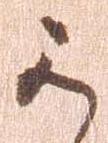
か